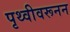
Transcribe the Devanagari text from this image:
पृथ्वीवरूनन